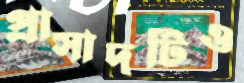
প্রাসাদটিও